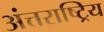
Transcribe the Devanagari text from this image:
अंत्तराष्ट्रिय